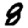
Digit: 8